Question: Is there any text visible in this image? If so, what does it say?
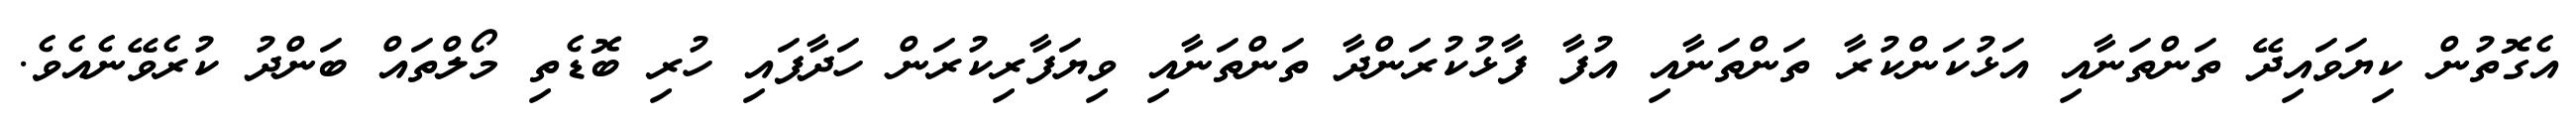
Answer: އެގޮތުން ކިޔަވައިދޭ ތަންތަނާއި އަޅުކަންކުރާ ތަންތަނާއި އުފާ ފާޅުކުރަންދާ ތަންތަނާއި ވިޔަފާރިކުރަން ހަދާފައި ހުރި ބޮޑެތި މޯލްތައް ބަންދު ކުރެވޭނެއެވެ.